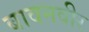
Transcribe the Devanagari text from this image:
बावनवीर